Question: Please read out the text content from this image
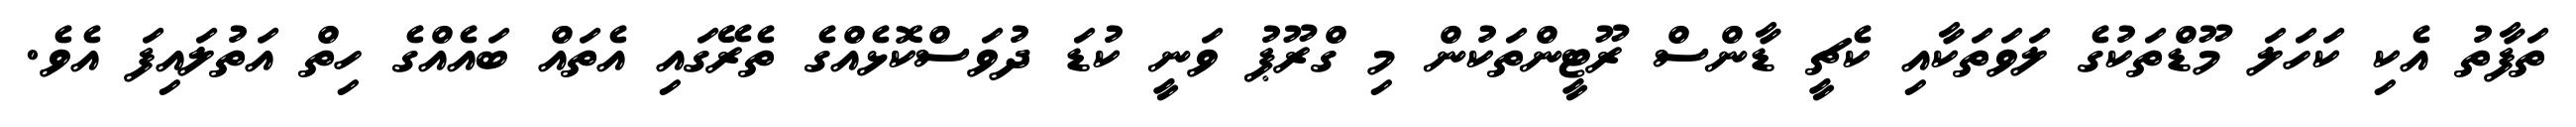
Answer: ތަފާތު އެކި ކަހަލަ މޫޑްތަކުގެ ލަވަތަކާއި ކެޗީ ޑާންސް ރޫޓީންތަކުން މި ގްރޫޕު ވަނީ ކުޑަ ދުވަސްކޮޅެއްގެ ތެރޭގައި އެތައް ބައެއްގެ ހިތް އަތުލައިފަ އެވެ.